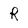
Character: R